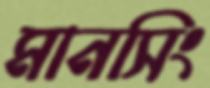
মানসিং